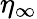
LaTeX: \eta_{\infty}